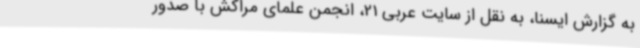
به گزارش ایسنا، به نقل از سایت عربی 21، انجمن علمای مراکش با صدور